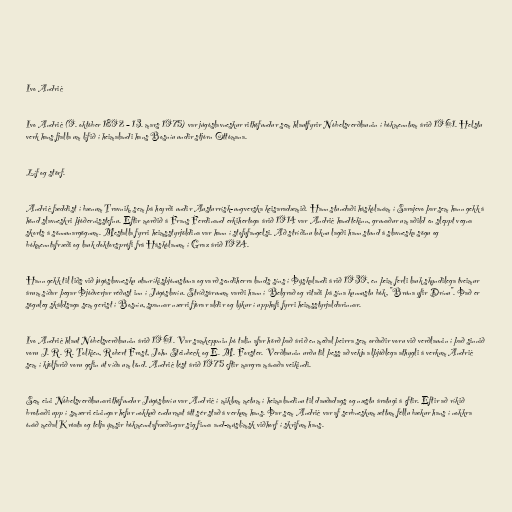
Ivo Andrić

Ivo Andrić (9. október 1892 – 13. mars 1975) var júgóslavneskur rithöfundur sem hlautfyrir Nóbelsverðlaunin í bókmenntum árið 1961. Helstu
verk hans fjalla um lífið í heimalandi hans Bosníu undir stjórn Ottómana.

Líf og störf.

Andrić fæddist í bænum Travnik, sem þá heyrði undir Austurrísk-ungverska keisaradæmið. Hann stundaði háskólanám í Sarajevo þar sem hann gekk á
hönd slavneskri þjóðernisstefnu. Eftir morðið á Frans Ferdinand erkihertoga árið 1914 var Andrić handtekinn, grunaður um aðild en sleppt vegna
skorts á sönnunargögnum. Mestalla fyrri heimsstyrjöldina var hann í stofufangelsi. Að stríðinu loknu lagði hann stund á slavneska sögu og
bókmenntafræði og lauk doktorsprófi frá Háskólanum í Graz árið 1924.

Hann gekk til liðs við júgóslavnesku utanríkisþjónustuna og varð sendiherra lands síns í Þýskalandi árið 1939, en þeim ferli lauk skyndilega tveimur
árum síðar þegar Þjóðverjar réðust inn í Júgóslavíu. Stríðsárunum varði hann í Belgrað og ritaði þá sína kunnustu bók, "Brúna yfir Drínu". Það er
söguleg skáldsaga sem gerist í Bosníu, spannar nærri fjórar aldir og lýkur í upphafi fyrri heimsstyrjaldarinnar.

Ivo Andrić hlaut Nóbelsverðlaunin árið 1961. Var samkeppnin þó talin afar hörð það árið en meðal þeirra sem orðaðir voru við verðlaunin í það sinnið
voru J. R. R. Tolkien, Robert Frost, John Steinbeck og E. M. Forster. Verðlaunin urðu til þess að vekja alþjóðlega athygli á verkum Andrić
sem í kjölfarið voru gefin út víða um lönd. Andrić lést árið 1975 eftir margra mánaða veikindi.

Sem eini Nóbelsverðlaunarithöfundur Júgóslavíu var Andrić í miklum metum í heimalandinu til dauðadags og næstu áratugi á eftir. Eftir að ríkið
brotnaði upp í smærri einingar hefur nokkuð endurmat átt sér stað á verkum hans. Þar sem Andrić var af serbneskum ættum féllu bækur hans í nokkra
ónáð meðal Króata og telja ýmsir bókmenntafræðingar sig finna and-múslímsk viðhorf í skrifum hans.